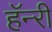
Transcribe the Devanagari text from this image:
हॅन्‍री